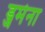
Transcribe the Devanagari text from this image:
ड्जमेना